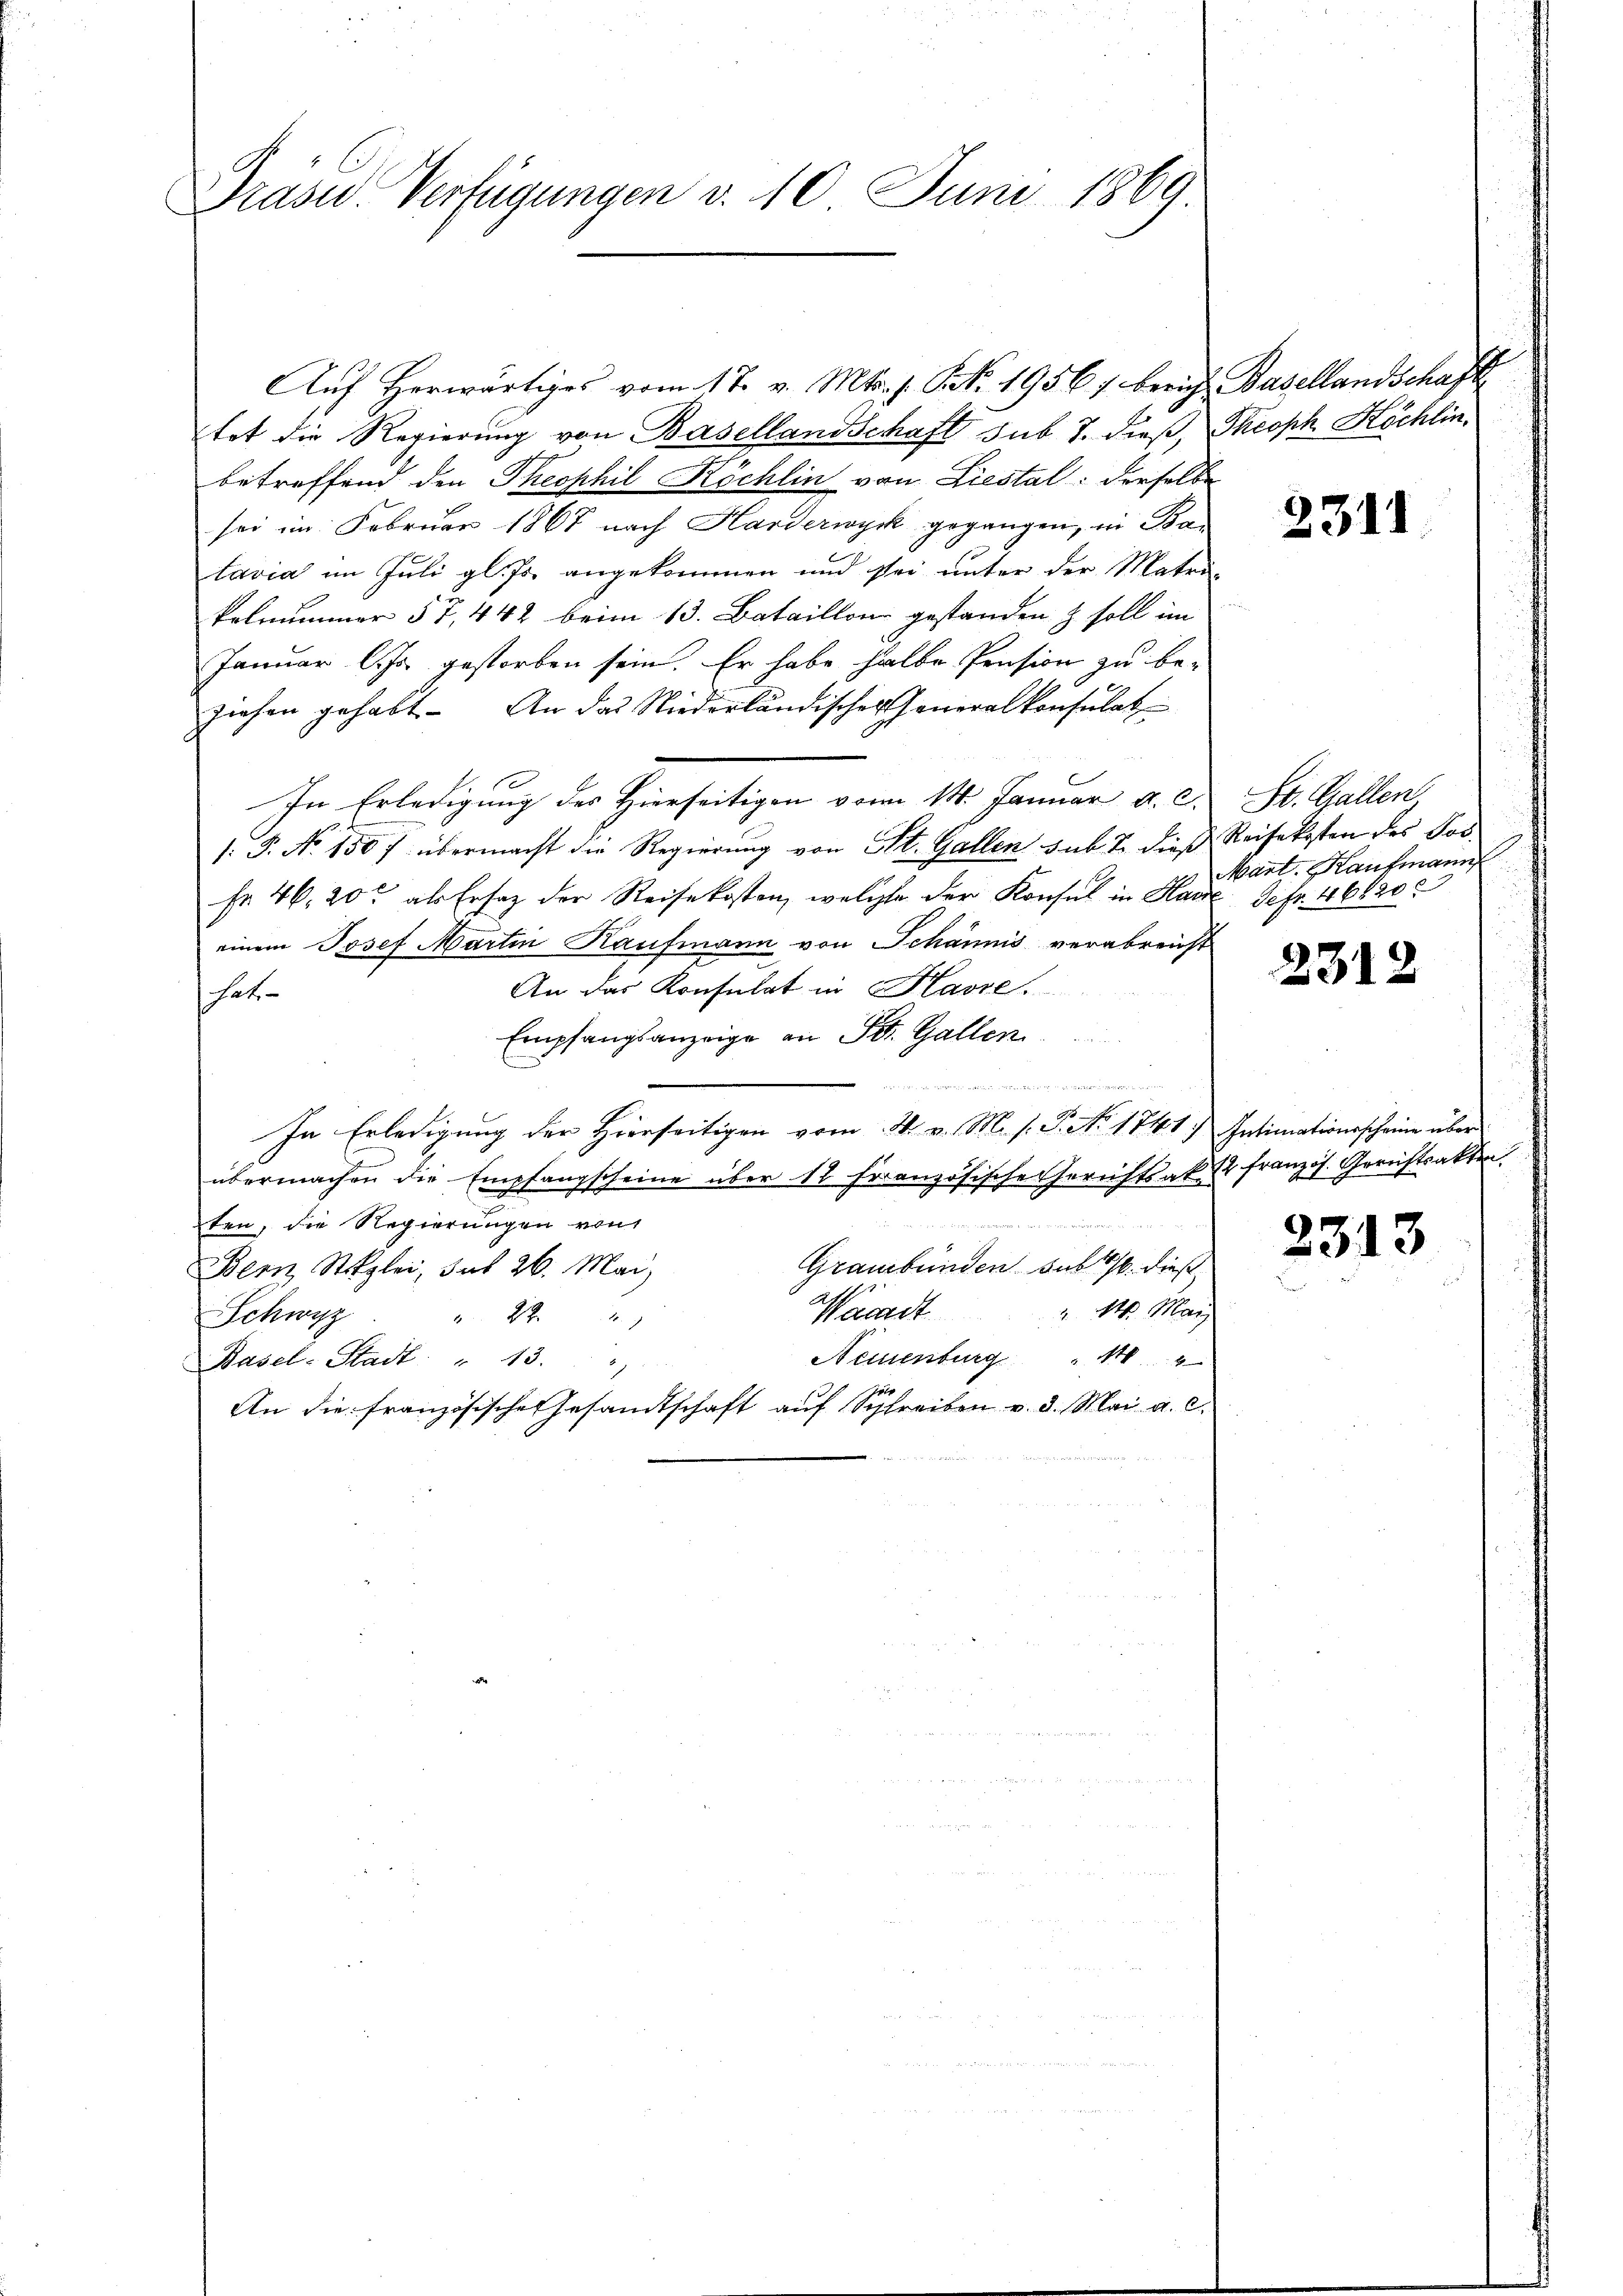
Präsid.. Verfügungen d. 10. Juni 1869.

Aŭf herwärtiges vom 17. v. Mts. f. Frk. 19567 berich Basellandschafte
tat die Regierung von Basellandschaft sub 7. dieß, Theoph Köchlinbetreffend den Theophil Köchlin von Liestal: derselbe
sei im Februar 1867 nach Harderwyck gegangen, in Batavia im Juli gl. Js. angekommen und sei unter der Matri-
kelnummer § 7, 442 beim 13. Bataillon gestanden & soll im
Januar l. Js. gestorben sein. Er habe halbe Pension zu be-
ziehen gehabt. An das Niederländischer Generalkonsulat
In Erledigung des Hierseitigen vom 14. Januar a. c. St. Gallen
1: P. Nr. 150 f übermacht die Regierung von St. Gallen sub. 2. dieß Reisekosten des Pos
fr. 46, 20 als Ersatz der Reisekosten, welche der Konsul in Hause Defr. 46820
einem Josef Martin Kaufmann von Schännis verabreicht
An das Konsulat in Havre,
hat
Empfangsanzeige an St. Gallen

e
In Erledigung der Hierseitigen vom 24. v. M. s. P. No 1741) Intimationsscheine über
übermachen die Empfangscheine über 12 Französische Gerichtsak 2 französ. Gerichtsakten.
 Bitte
ten, die Regierungen von
Graubünden sub 1/6. dieß
Bern Stizlei, das 26. Mai
. N. Mar
Wacad
Schwyz. " 22 "
Neuenburg " 1104
Basel-Stadt: " 13.
An die französisches Gesandtschaft auf Schreiben v. 3. Mai a. c.

2311

Mart. Kaufmann

2312

2313